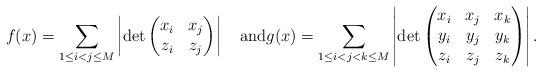
LaTeX: \begin{align*}f(x)=\sum_{1 \le i < j \le M} \left |\det\begin{pmatrix}x_i & x_j \\z_i & z_j \end{pmatrix}\right|\quad\hbox{and}g(x)=\sum_{1 \le i < j < k \le M} \left |\det\begin{pmatrix}x_i & x_j & x_k \\y_i & y_j & y_k \\z_i & z_j & z_k\end{pmatrix}\right|.\end{align*}